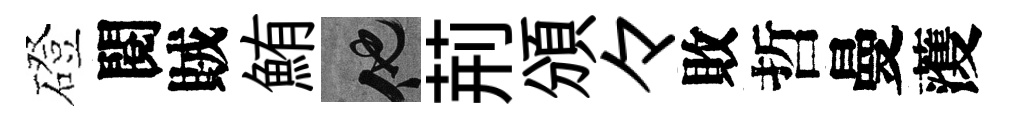
磴閱賊鮪他荊頒々敗哲曼𮑮